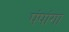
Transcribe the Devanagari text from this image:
पंपांगा